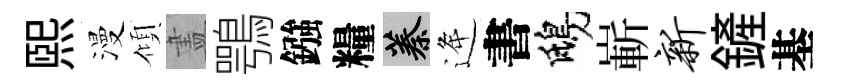
煕漫傾𥁞鶚鏹糧蓁逄書鴟嶄新鏟基